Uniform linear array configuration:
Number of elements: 64
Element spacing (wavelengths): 0.75
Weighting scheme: cosine
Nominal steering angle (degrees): -45
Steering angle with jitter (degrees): -46.31
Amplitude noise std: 0.05
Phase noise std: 0.05

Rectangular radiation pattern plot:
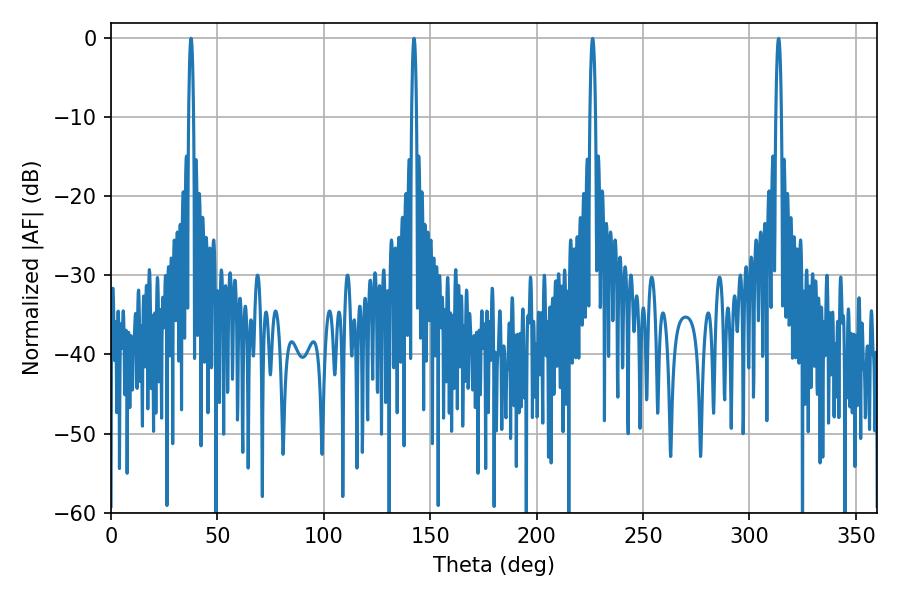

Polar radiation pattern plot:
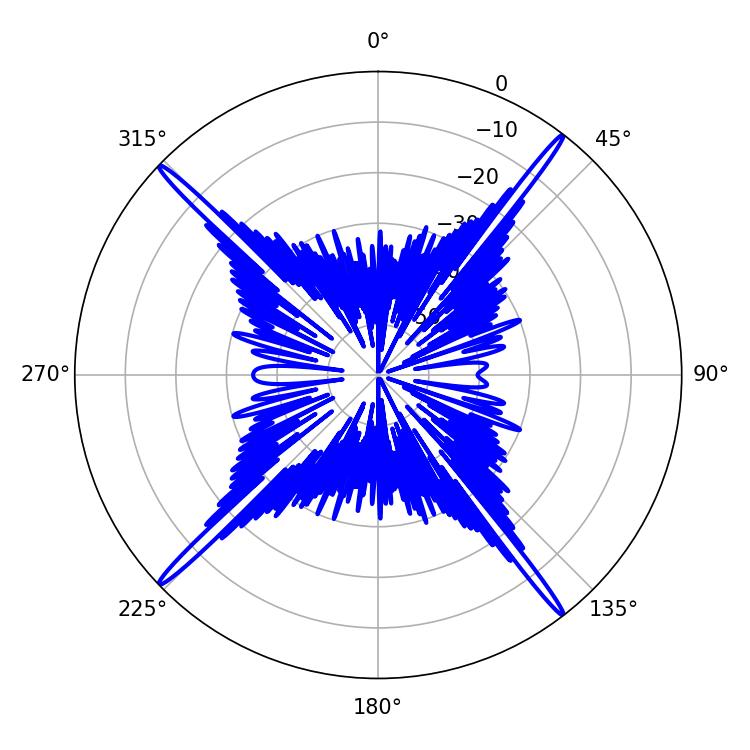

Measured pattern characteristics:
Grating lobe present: TRUE
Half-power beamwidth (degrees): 1.08
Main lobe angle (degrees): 37.62